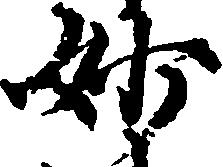
妙